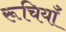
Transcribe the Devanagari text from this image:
रूचियाँ